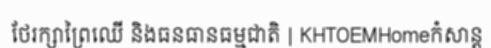
ថែរក្សាព្រៃឈើ និងធនធានធម្មជាតិ | KHTOEMHomeកំសាន្ត